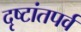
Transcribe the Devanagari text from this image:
दृष्टांतपर्व